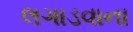
લગાડવાના